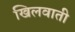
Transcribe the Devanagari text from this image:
खिलवाती